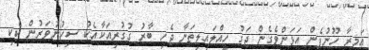
އަމީރާ ހޫނުފެން އަޅަންވެގެން ޖަގު ހިއްލައިލިތަނާ ޖެހި ބާރު ގުގުރިއަކާއެކު ސިހުނުވަރުން ކެކި